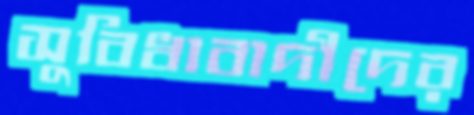
সুবিধাবাদীদের